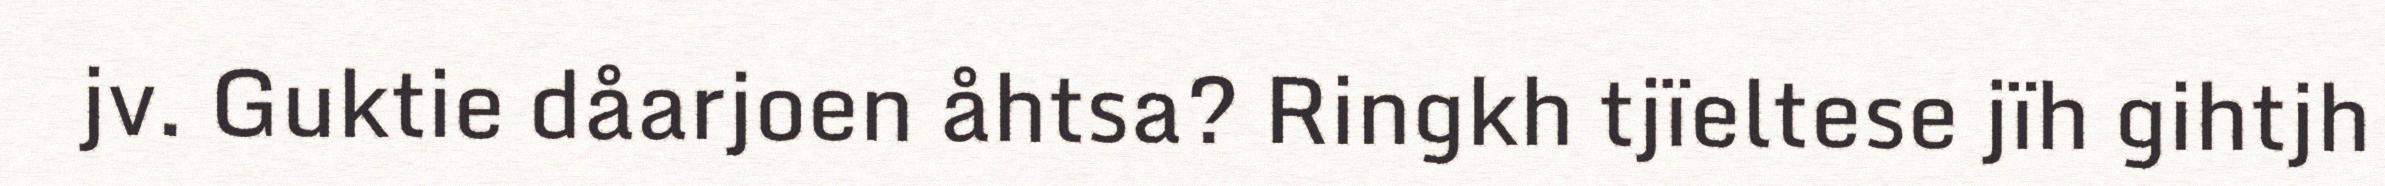
jv. Guktie dåarjoen åhtsa? Ringkh tjïeltese jïh gihtjh